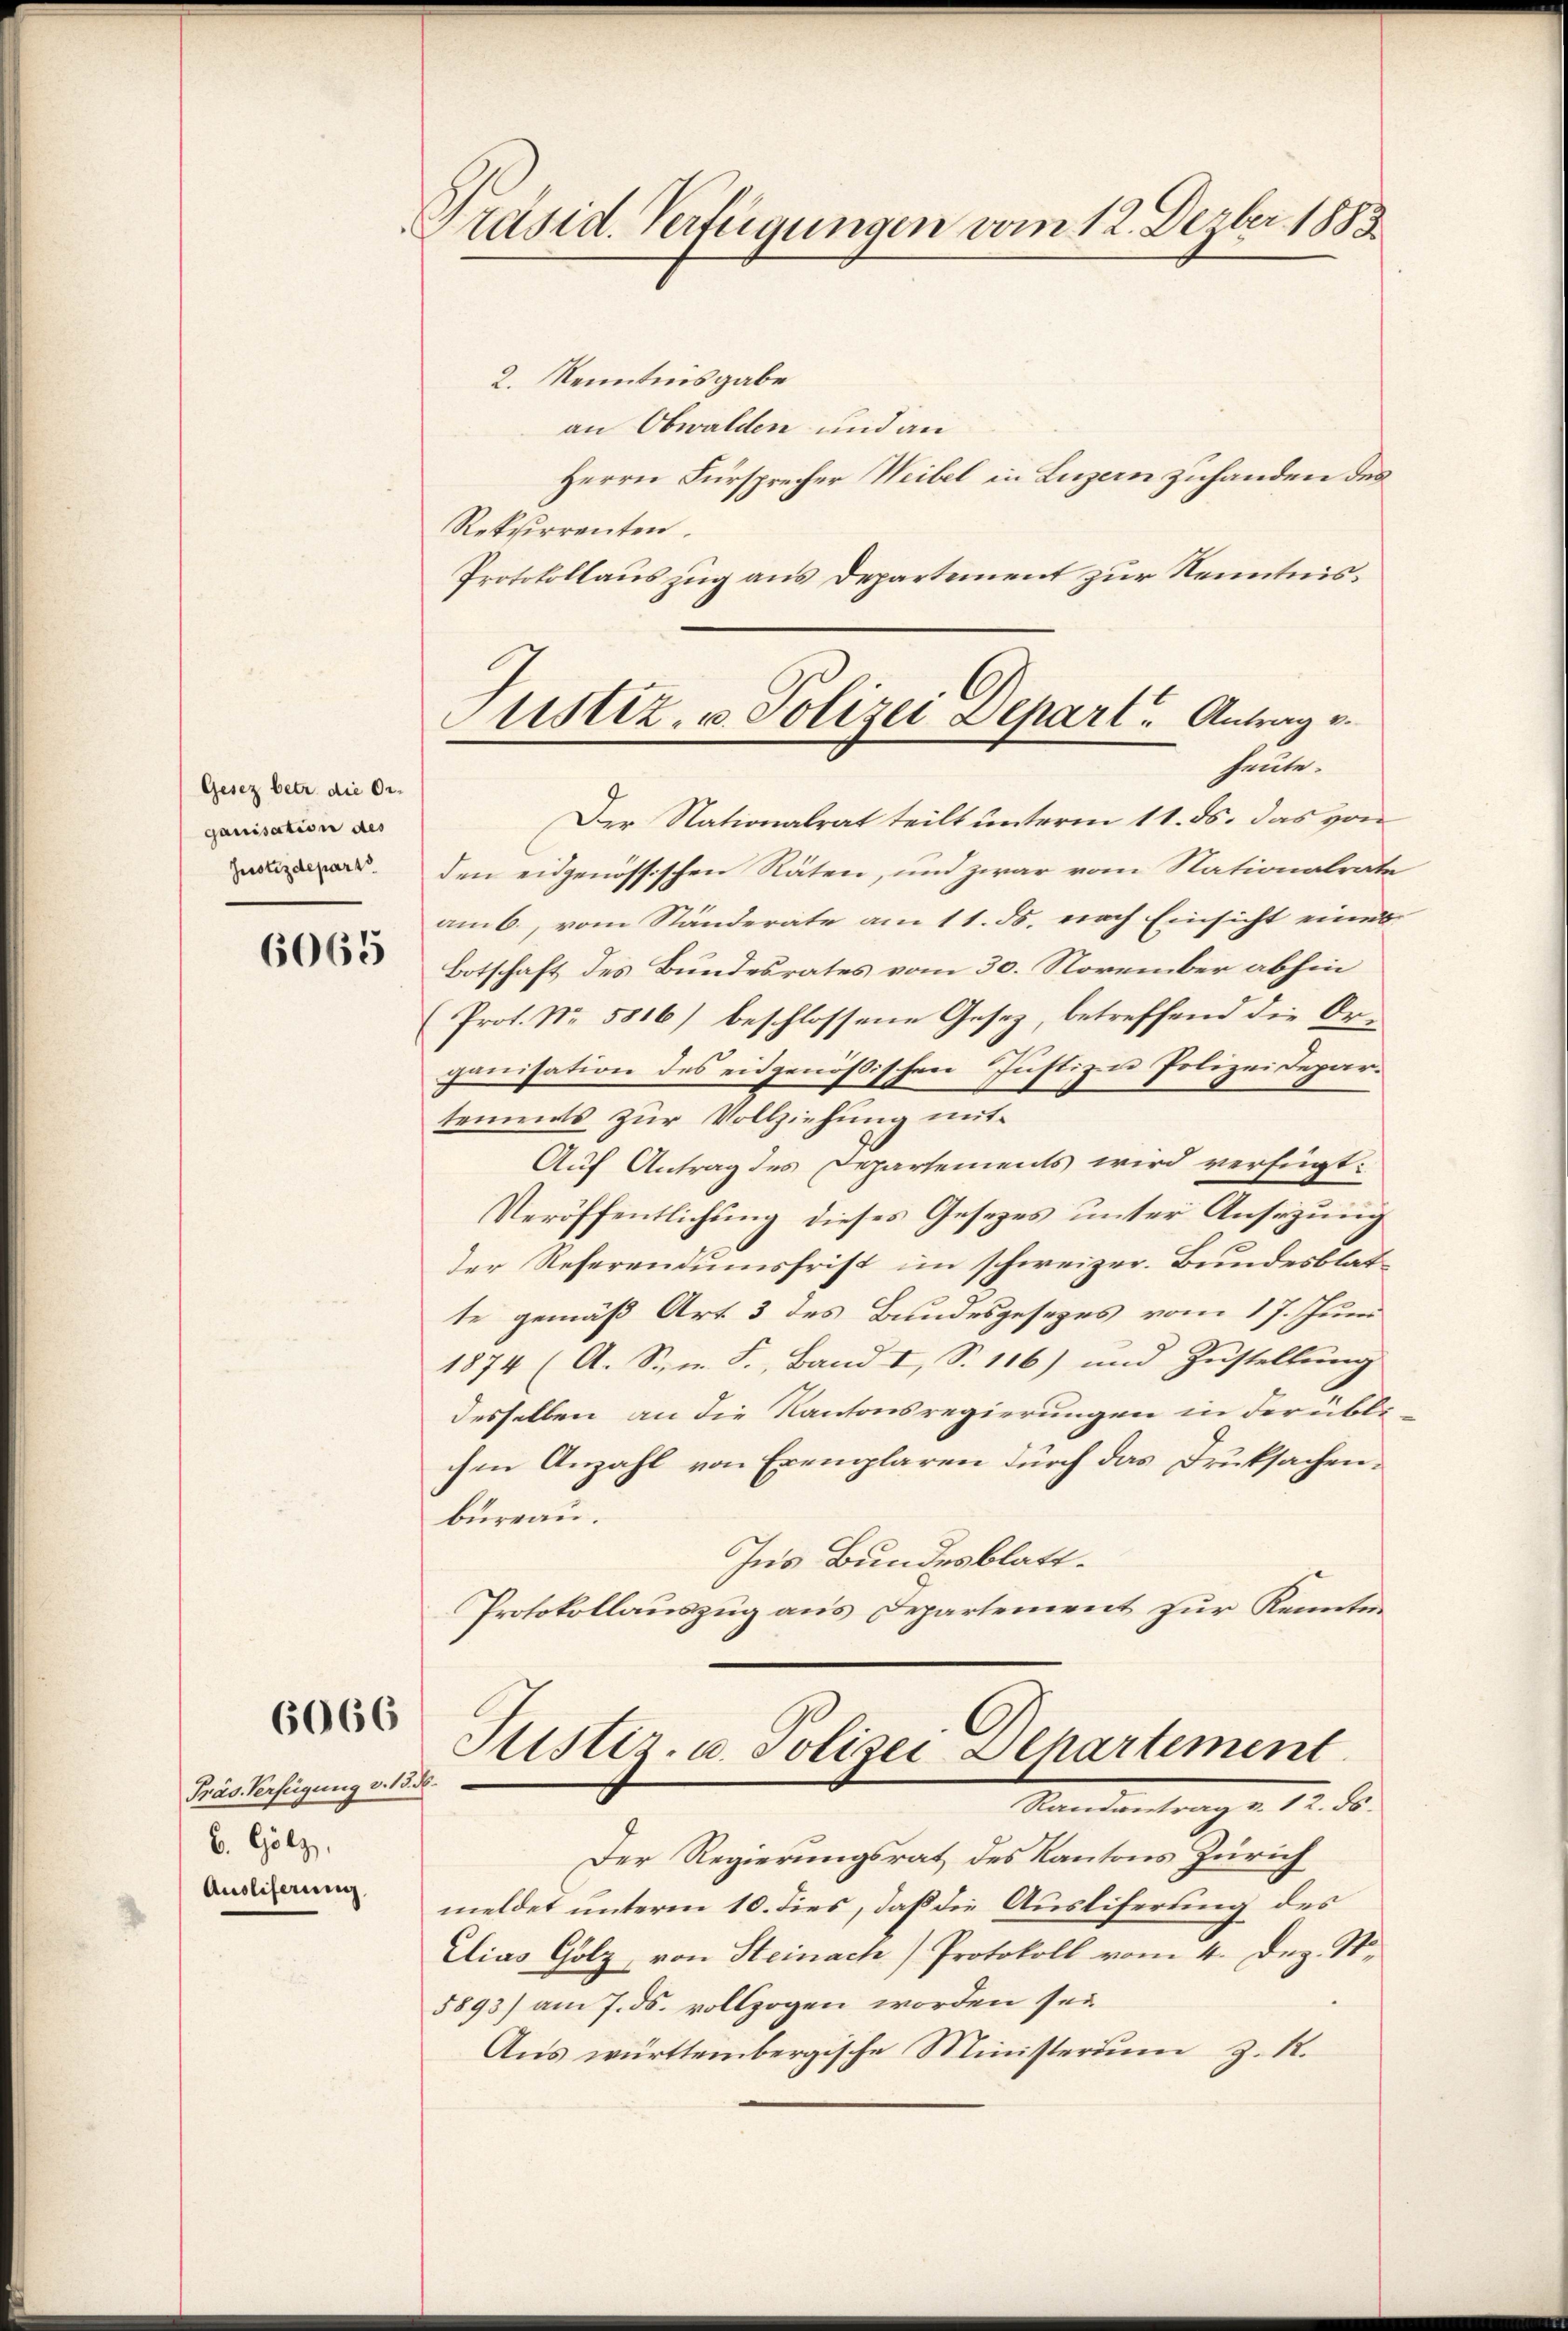
Gesez betr. die Or-
ganisation des
Justizdepart

6065

6066

Präs. Verfügung v. 13. d.
b. Gölz
Ausliferung

Präsid. Verfügungen vom 12. Dezber 1883

2. Kenntnisgabe
an Obwalden und an
Herrn Fürsprecher Weibel in Luzern zuhanden des
Rekurrenten.
Protokollauszug aus Departement zur Kenntnis¬
Der Nationalrat teilt unterm 11. ds. das von
den eidgenössischen Räten, und zwar vom Nationalrate
am 6., vom Ständerate am 11. ds. nach Einsicht eines
Botschaft des Bundesrates vom 30. November abhin
Prot. Nr. 5816) beschlossene Gesetz, betreffend die Or-
ganisation des eidgenößischen Justizen Polizeidepar-
tements zur Vollziehung mit
Auf Antrag des Departements wird verfügt:
Veröffentlichung dieses Gesetzes unter Ansezung
der Referendumsfrist im schweizer. Bundesblatte gemäß Art. 3 des Bundesgesezes vom 17. Juni
1874 (A. Sn. F., Band I, S. 116) und Zustellung
desselben an die Kantonsregierungen in der übli
chen Anzahl von Exemplaren durch das Drucksachenbureau.
Ins Bundesblatt.
Protokollauszug aus Departement zur Kennten
Justiz- u. Polizei Departement
Randantrag v. 12. ds.
Der Regierungsrat des Kantons Zürich
meldet unterm 10. dies, daß die Ausliferung des
Dias Holz, von Steinach Protokoll vom 4. Dez. St.
5893) am 7. ds. vollzogen worden sei
Aus württembergische Ministerium z. R.

ustiz, u. Polizei Depart. Antrag v.
heute.